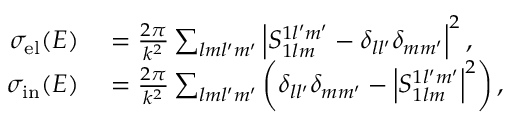
\begin{array} { r l } { \sigma _ { \mathrm { e l } } ( E ) } & { { } = \frac { 2 \pi } { k ^ { 2 } } \sum _ { l m l ^ { \prime } m ^ { \prime } } \left| S _ { 1 l m } ^ { 1 l ^ { \prime } m ^ { \prime } } - \delta _ { l l ^ { \prime } } \delta _ { m m ^ { \prime } } \right| ^ { 2 } , } \\ { \sigma _ { \mathrm { i n } } ( E ) } & { { } = \frac { 2 \pi } { k ^ { 2 } } \sum _ { l m l ^ { \prime } m ^ { \prime } } \left( \delta _ { l l ^ { \prime } } \delta _ { m m ^ { \prime } } - \left| S _ { 1 l m } ^ { 1 l ^ { \prime } m ^ { \prime } } \right| ^ { 2 } \right) , } \end{array}